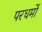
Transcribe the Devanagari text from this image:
परधर्मो